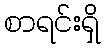
စာရင်းရှိ